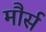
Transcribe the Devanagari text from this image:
मौर्स